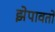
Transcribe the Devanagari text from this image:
झेपावतो